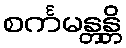
စင်္ကမန္တန္တိ